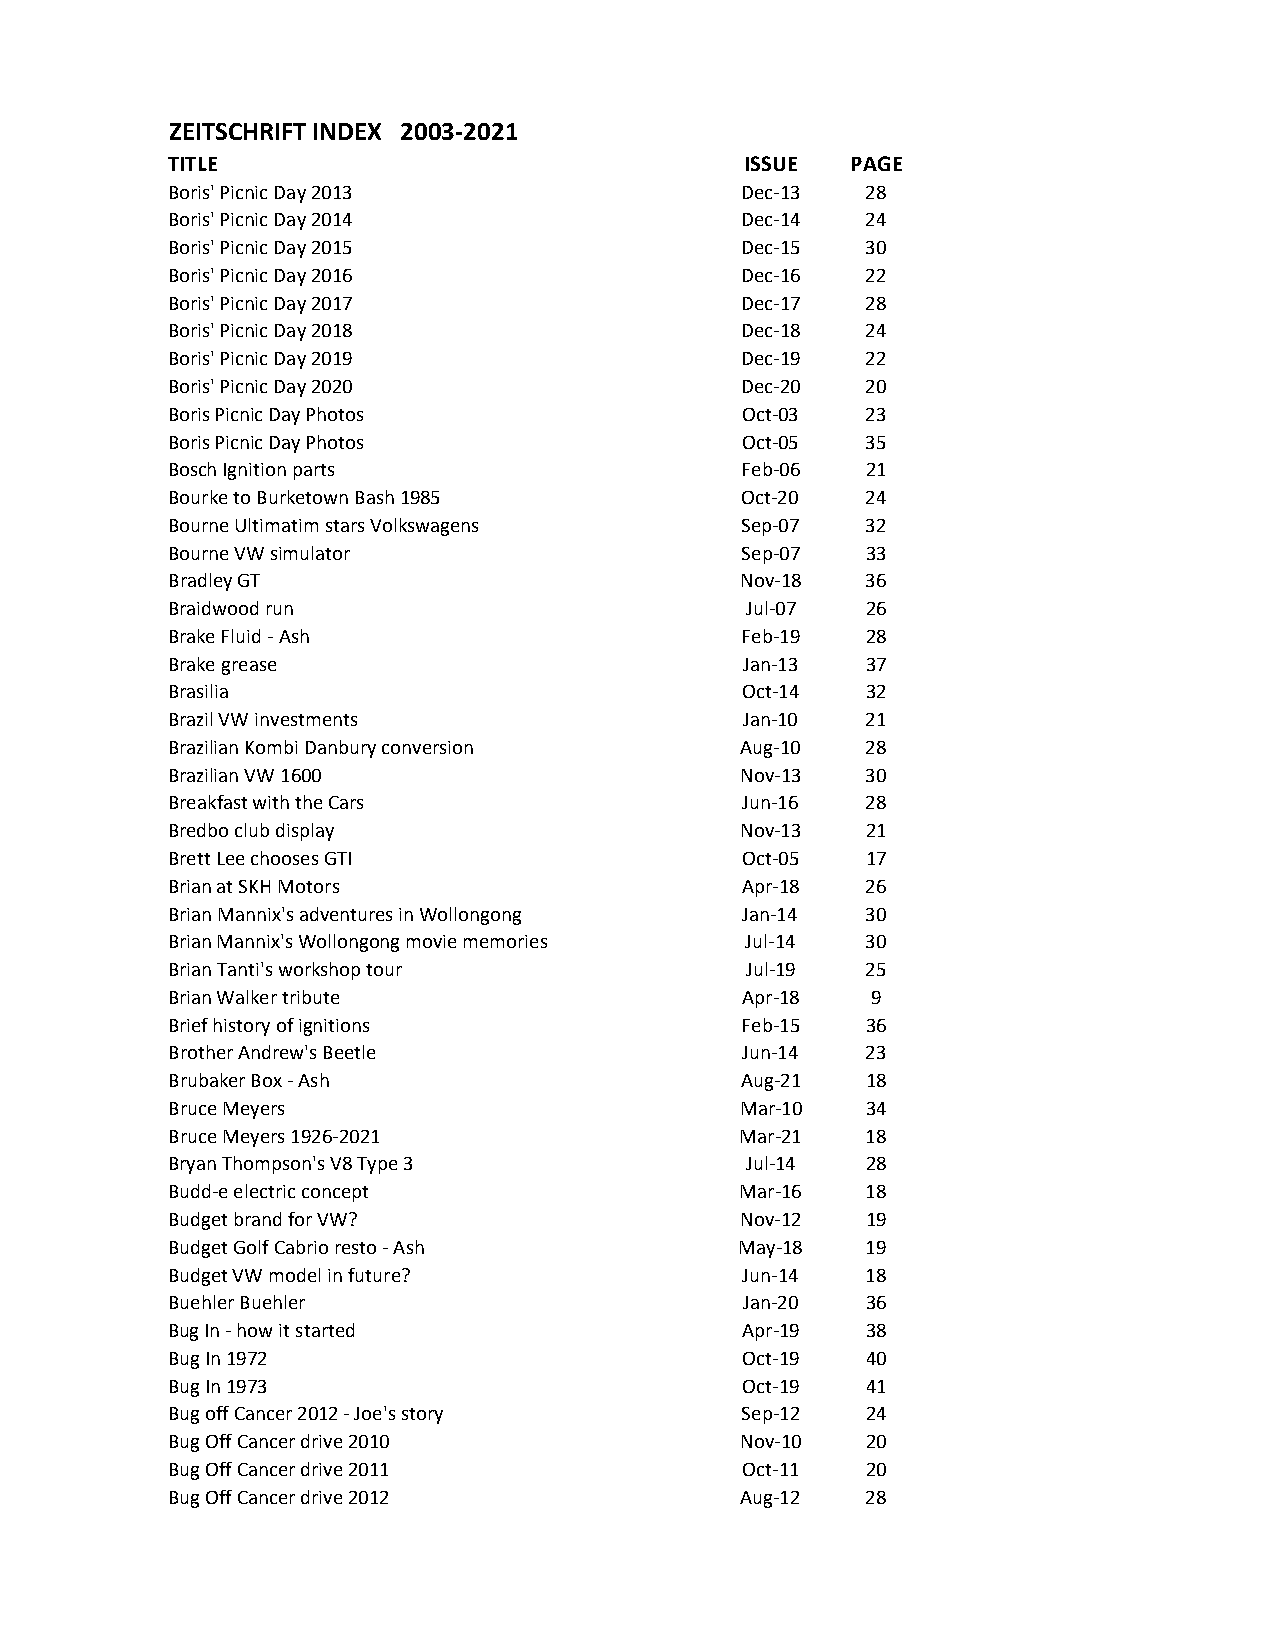
ZEITSCHRIFT INDEX 2003-2021
 TITLE                                 ISSUE  PAGE
 Boris' Picnic Day 2013                Dec-13  28
 Boris' Picnic Day 2014                Dec-14  24
 Boris' Picnic Day 2015                Dec-15  30
 Boris' Picnic Day 2016                Dec-16  22
 Boris' Picnic Day 2017                Dec-17  28
 Boris' Picnic Day 2018                Dec-18  24
 Boris' Picnic Day 2019                Dec-19  22
 Boris' Picnic Day 2020                Dec-20  20
 Boris Picnic Day Photos               Oct-03  23
 Boris Picnic Day Photos               Oct-05  35
 Bosch Ignition parts                  Feb-06  21
 Bourke to Burketown Bash 1985         Oct-20  24
 Bourne Ultimatim stars Volkswagens    Sep-07  32
 Bourne VW simulator                   Sep-07  33
 Bradley GT                            Nov-18  36
 Braidwood run                         Jul-07  26
 Brake Fluid - Ash                     Feb-19  28
 Brake grease                          Jan-13  37
 Brasilia                              Oct-14  32
 Brazil VW investments                 Jan-10  21
 Brazilian Kombi Danbury conversion    Aug-10  28
 Brazilian VW 1600                     Nov-13  30
 Breakfast with the Cars               Jun-16  28
 Bredbo club display                   Nov-13  21
 Brett Lee chooses GTI                 Oct-05  17
 Brian at SKH Motors                   Apr-18  26
 Brian Mannix's adventures in Wollongong Jan-14 30
 Brian Mannix's Wollongong movie memories Jul-14 30
 Brian Tanti's workshop tour           Jul-19  25
 Brian Walker tribute                  Apr-18   9
 Brief history of ignitions            Feb-15  36
 Brother Andrew's Beetle               Jun-14  23
 Brubaker Box - Ash                    Aug-21  18
 Bruce Meyers                          Mar-10  34
 Bruce Meyers 1926-2021                Mar-21  18
 Bryan Thompson's V8 Type 3            Jul-14  28
 Budd-e electric concept               Mar-16  18
 Budget brand for VW?                  Nov-12  19
 Budget Golf Cabrio resto - Ash        May-18  19
 Budget VW model in future?            Jun-14  18
 Buehler Buehler                       Jan-20  36
 Bug In - how it started               Apr-19  38
 Bug In 1972                           Oct-19  40
 Bug In 1973                           Oct-19  41
 Bug off Cancer 2012 - Joe's story     Sep-12  24
 Bug Off Cancer drive 2010             Nov-10  20
 Bug Off Cancer drive 2011             Oct-11  20
 Bug Off Cancer drive 2012             Aug-12  28